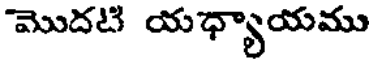
మొదటి యధ్యాయము